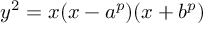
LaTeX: y ^ { 2 } = x ( x - a ^ { p } ) ( x + b ^ { p } )